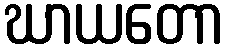
ဃာယတော